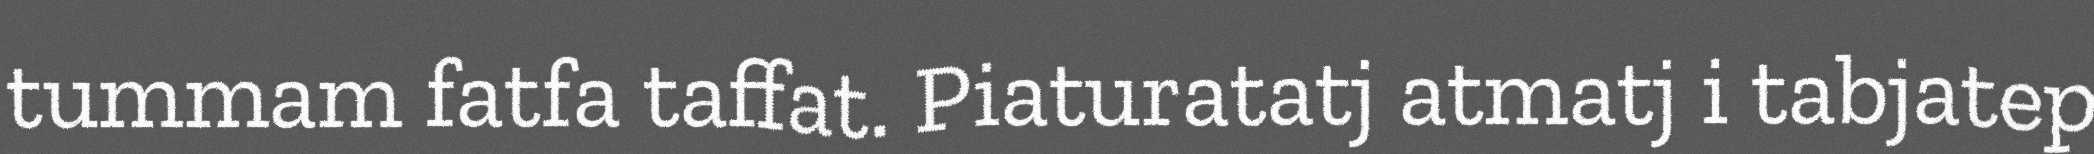
tummam fatfa taffat. Piaturatatj atmatj i tabjatep